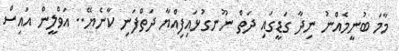
މާމަ ބުނީމެއްނު ނިދާ ގަޑީގައި ދަތް ނޫނގުޅައިފިއްޔާ ދަތްފަނި ކާނެޔޭ.. އަވްލީން އައިސް